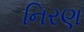
નિરણ